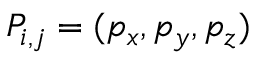
P _ { i , j } = ( p _ { x } , p _ { y } , p _ { z } )